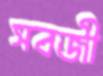
সবজী